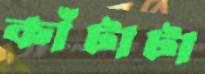
কাঁটাটা